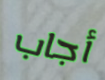
أجاب